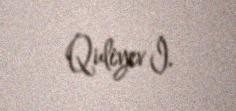
Quliyev İ.